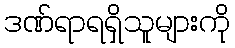
ဒဏ်ရာရရှိသူများကို